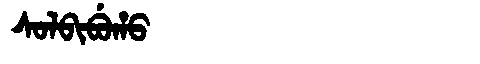
Manchu: ᠰᠣᠯᠪᡳᠪᡠᡥᠣ
Romanization: SOLBIBUHO